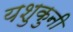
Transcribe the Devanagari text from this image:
यशुकुनी